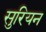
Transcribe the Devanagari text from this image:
सुरियन